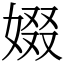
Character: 娺